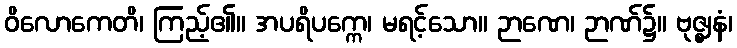
ဝိလောကေတိ၊ ကြည့်၏။ အပရိပက္ကေ၊ မရင့်သော။ ဉာဏေ၊ ဉာဏ်၌။ ဗုဇ္ဈနံ၊